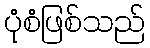
ပုံစံဖြစ်သည်